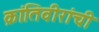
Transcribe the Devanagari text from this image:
क्रांतिवीरांची